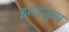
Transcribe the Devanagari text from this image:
झाडफूस